Indian journal of veterinary science and animal husbandry - Volume 13,
Year: 1943
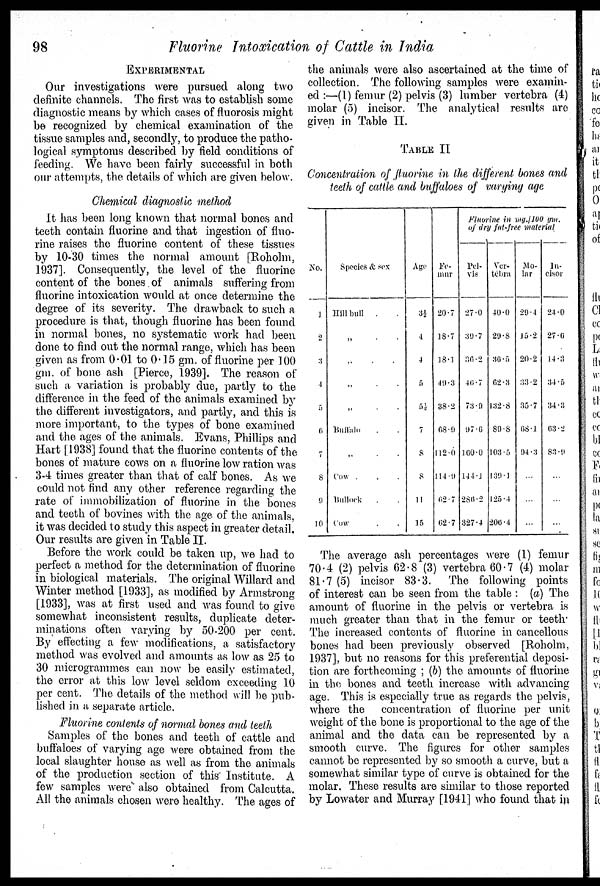
98
Fluorine Intoxication of Cattle in India
EXPERIMENTAL
Our investigations were pursued along two
definite channels. The first was to establish some
diagnostic means by which cases of fluorosis might
be recognized by chemical examination of the
tissue samples and, secondly, to produce the patho-
logical symptoms described by field conditions of
feeding. We have been fairly successful in both
our attempts, the details of which are given below.
Chemical diagnostic method
It has been long known that normal bones and
teeth contain fluorine and that ingestion of fluo-
rine raises the fluorine content of these tissues
by 10-30 times the normal amount [Roholm,
1937]. Consequently, the level of the fluorine
content of the bones of animals suffering from
fluorine intoxication would at once determine the
degree of its severity. The drawback to such a
procedure is that, though fluorine has been found
in normal bones, no systematic work had been
done to find out the normal range, which has been
given as from 0.01 to 0.15 gm. of fluorine per 100
gm. of bone ash [Pierce, 1939]. The reason of
such a variation is probably due, partly to the
difference in the feed of the animals examined by
the different investigators, and partly, and this is
more important, to the types of bone examined
and the ages of the animals. Evans, Phillips and
Hart [1938] found that the fluorine contents of the
bones of mature cows on a fluorine low ration was
3-4 times greater than that of calf bones. As we
could not find any other reference regarding the
rate of immobilization of fluorine in the bones
and teeth of bovines with the age of the animals,
it was decided to study this aspect in greater detail.
Our results are given in Table II.
Before the work could be taken up, we had to
perfect a method for the determination of fluorine
in biological materials. The original Willard and
Winter method [1933], as modified by Armstrong
[1933], was at first used and was found to give
somewhat inconsistent results, duplicate deter-
minations often varying by 50-200 per cent.
By effecting a few modifications, a satisfactory
method was evolved and amounts as low as 25 to
30 microgrammes can now be easily estimated,
the error at this low level seldom exceeding 10
per cent. The details of the method will be pub-
lished in a separate article.
Fluorine contents of normal bones and teeth
Samples of the bones and teeth of cattle and
buffaloes of varying age were obtained from the
local slaughter house as well as from the animals
of the production section of this Institute. A
few samples were also obtained from Calcutta.
All the animals chosen were healthy. The ages of
the animals were also ascertained at the time of
collection. The following samples were examin-
ed :—(1) femur (2) pelvis (3) lumber vertebra (4)
molar (5) incisor. The analytical results are
given in Table II.
TABLE II
Concentration of fluorine in the different bones and
teeth of cattle and buffaloes of varying age
No.
1
2
3
4
5
6
7
8
9
10
Species & sex
Hill bull . .
„ . .
„ . .
„ . .
„ . .
Buffalo . .
„ . .
Cow . .
Bullock . .
Cow . .
Age
3½
4
4
5
5½
7
8
8
11
15
Fluorine in mg./100 gm.
of dry fat-free material
Fe¬
mur
20.7
18.7
18.1
49.3
38.2
68.9
112.0
114.9
62.7
62.7
Pel-
vis
27.0
39.7
36.2
46.7
73.9
97.6
160.0
144.1
286.2
327.4
Ver-
tebra
40.0
29.8
36.5
62.3
132.8
89.8
103.5
139.1
125.4
206.4
Mo-
lar
29.4
15.2
20.2
33.2
35.7
68.1
94.3
...
...
...
In-
cisor
24.0
27.6
14.3
34.5
34.3
63.2
83.9
...
...
...
The average ash percentages were (1) femur
70.4 (2) pelvis 62.8 (3) vertebra 60.7 (4) molar
81.7 (5) incisor 83.3. The following points
of interest can be seen from the table : (a) The
amount of fluorine in the pelvis or vertebra is
much greater than that in the femur or teeth.
The increased contents of fluorine in cancellous
bones had been previously observed [Roholm,
1937], but no reasons for this preferential deposi-
tion are forthcoming ; (b) the amounts of fluorine
in the bones and teeth increase with advancing
age. This is especially true as regards the pelvis,
where the
concentration of fluorine per unit
weight of the bone is proportional to the age of the
animal and the data can be represented by a
smooth curve. The figures for other samples
cannot be represented by so smooth a curve, but a
somewhat similar type of curve is obtained for the
molar. These results are similar to those reported
by Lowater and Murray [1941] who found that in